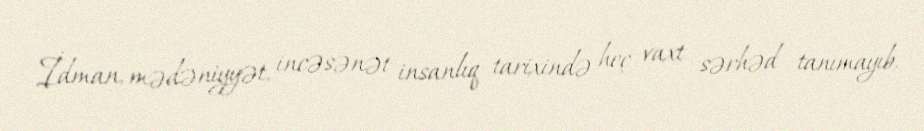
İdman, mədəniyyət, incəsənət insanlıq tarixində heç vaxt sərhəd tanımayıb,